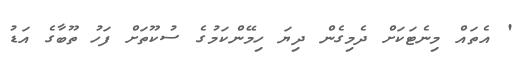
' އެތައް މިނެޓަކަށް ދެމިގެން ދިޔަ ހިމޭންކަމުގެ ސުކޫތަށް ފަހު ތޫބާގެ އަޑު